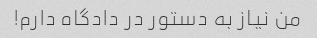
من نیاز به دستور در دادگاه دارم!